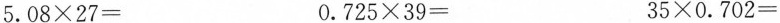
$$5.08 × 27 =$$ $$0.725 × 39 =$$ $$35 × 0.702 =$$